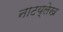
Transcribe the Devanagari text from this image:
नाटय्लेख